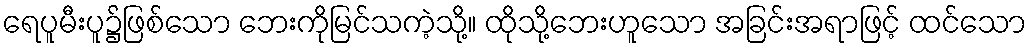
ရေပူမီးပူ၌ဖြစ်သော ဘေးကိုမြင်သကဲ့သို့။ ထိုသို့ဘေးဟူသော အခြင်းအရာဖြင့် ထင်သော